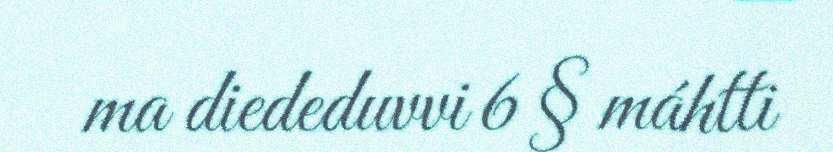
ma diededuvvi 6 § máhtti